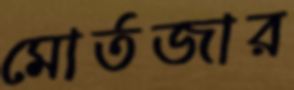
মোর্তজার